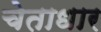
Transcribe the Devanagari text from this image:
चेताधार